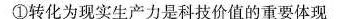
①转化为现实生产力是科技价值的重要体现